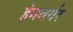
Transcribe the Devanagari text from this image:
हेमबर्गर